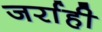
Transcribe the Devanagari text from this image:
जर्राही